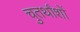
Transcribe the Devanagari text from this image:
चुतर्थांशों